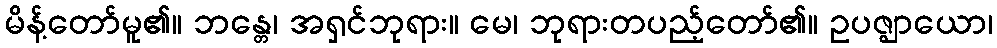
မိန့်တော်မူ၏။ ဘန္တေ၊ အရှင်ဘုရား။ မေ၊ ဘုရားတပည့်တော်၏။ ဥပဇ္ဈာယော၊